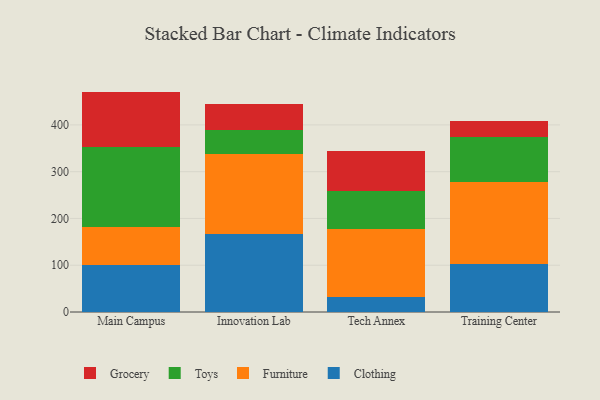
{"axis": {"x": "Campus", "y": "Revenue (USD Million)"}, "legend": ["Clothing", "Furniture", "Grocery", "Toys"], "data": [{"x": "Main Campus", "y": 100.1, "type": "Clothing"}, {"x": "Main Campus", "y": 81.5, "type": "Furniture"}, {"x": "Main Campus", "y": 170.5, "type": "Toys"}, {"x": "Main Campus", "y": 119.1, "type": "Grocery"}, {"x": "Innovation Lab", "y": 167.1, "type": "Clothing"}, {"x": "Innovation Lab", "y": 170.0, "type": "Furniture"}, {"x": "Innovation Lab", "y": 51.3, "type": "Toys"}, {"x": "Innovation Lab", "y": 56.7, "type": "Grocery"}, {"x": "Tech Annex", "y": 32.6, "type": "Clothing"}, {"x": "Tech Annex", "y": 145.1, "type": "Furniture"}, {"x": "Tech Annex", "y": 80.3, "type": "Toys"}, {"x": "Tech Annex", "y": 86.0, "type": "Grocery"}, {"x": "Training Center", "y": 103.5, "type": "Clothing"}, {"x": "Training Center", "y": 174.2, "type": "Furniture"}, {"x": "Training Center", "y": 96.0, "type": "Toys"}, {"x": "Training Center", "y": 35.1, "type": "Grocery"}]}